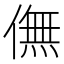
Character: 㒇